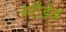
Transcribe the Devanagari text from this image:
स्टैंर्डड